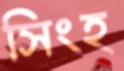
সিংহ